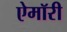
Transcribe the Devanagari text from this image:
ऐमॉरी